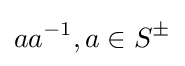
aa^{-1},a\in S^{\pm }